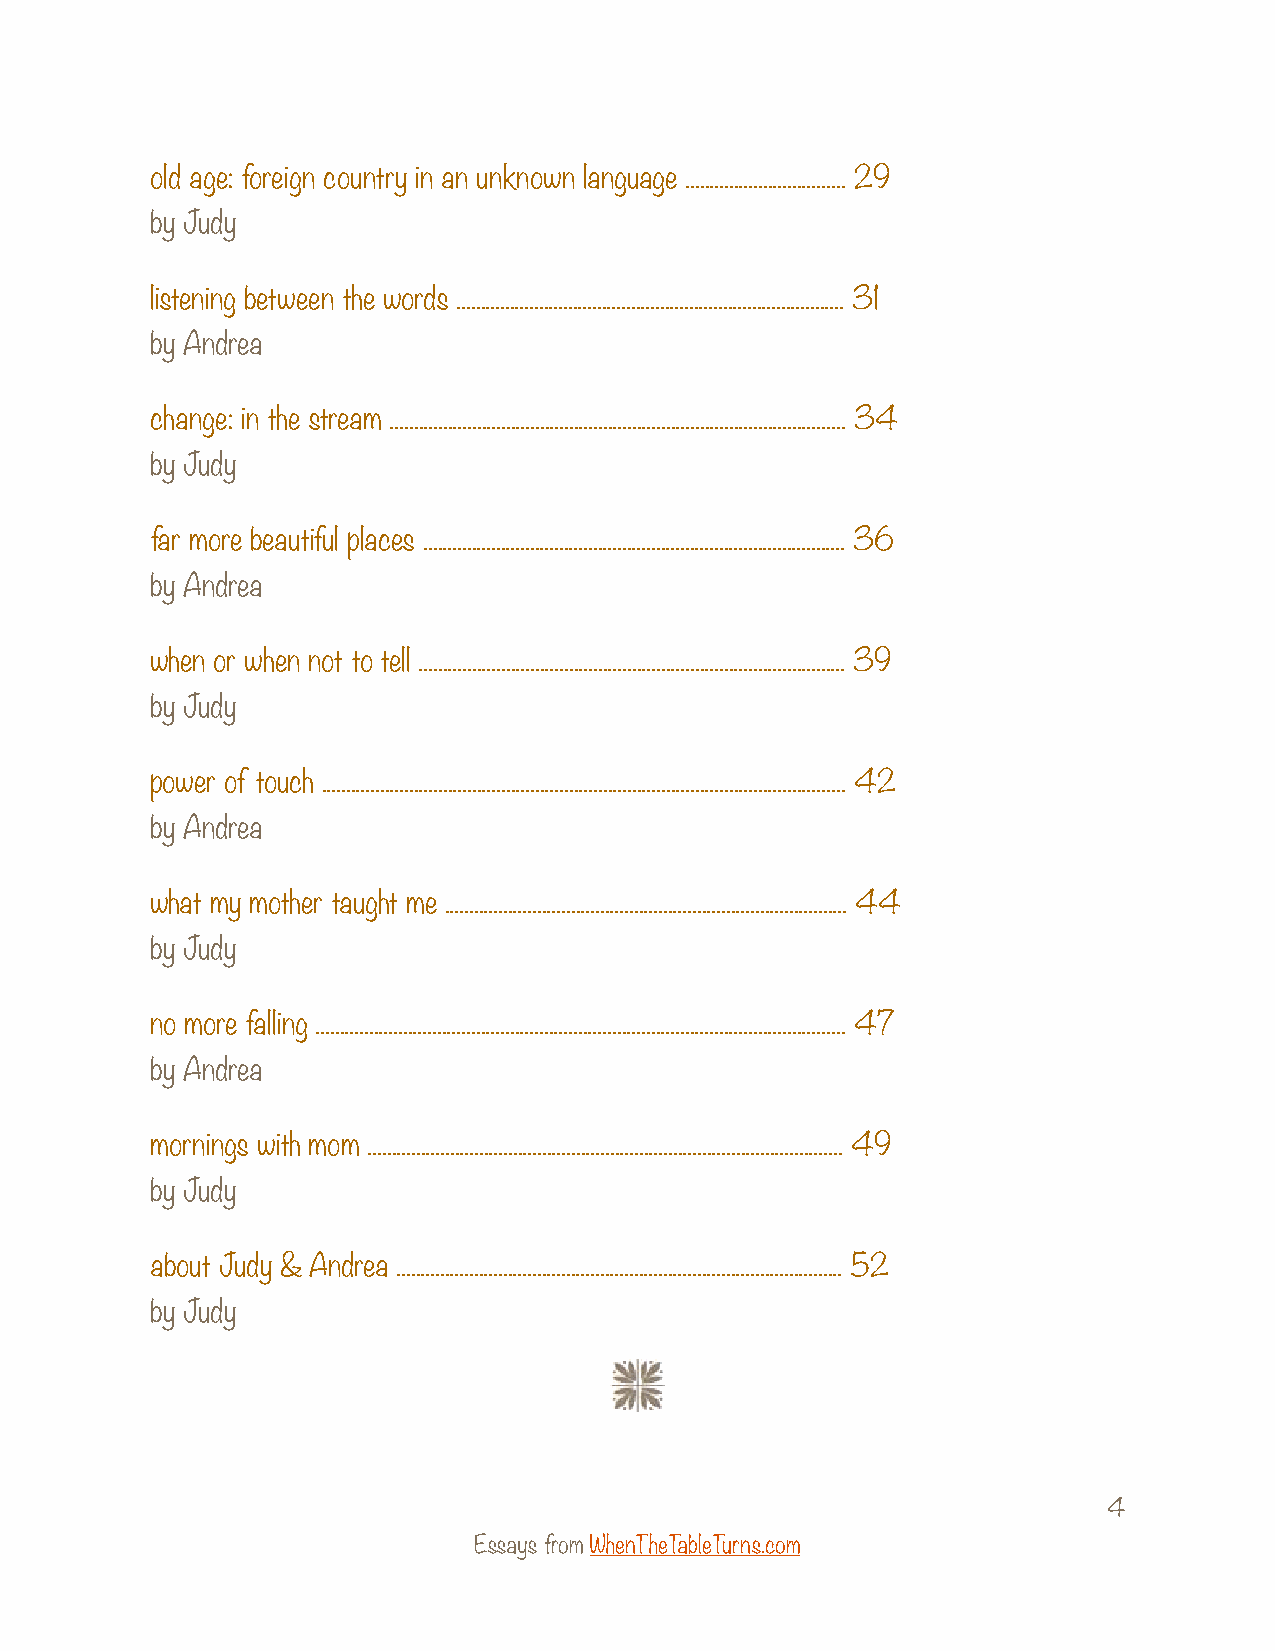
old age: foreign country in an unknown language ................................. 29
 by Judy
 listening between the words ................................................................................ 31
 by Andrea
 change: in the stream .............................................................................................. 34
 by Judy
 far more beautiful places ....................................................................................... 36
 by Andrea
 when or when not to tell ........................................................................................ 39
 by Judy
 power of touch ............................................................................................................ 42
 by Andrea
 what my mother taught me ................................................................................... 44
 by Judy
 no more falling ............................................................................................................. 47
 by Andrea
 mornings with mom .................................................................................................. 49
 by Judy
 about Judy & Andrea ............................................................................................ 52
 by Judy
 4
 Essays from WhenTheTableTurns.com